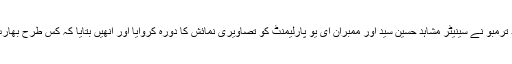
نمائش کے اختتام پر برسٹر مجید ترمبو نے سینیٹر مشاہد حسین سید اور ممبران ای یو پارلیمنٹ کو تصاویری نمائش کا دورہ کروایا اور انھیں بتایا کہ کس طرح بھارت کشمیریوں پر ظلم ڈھا رہا ہے۔